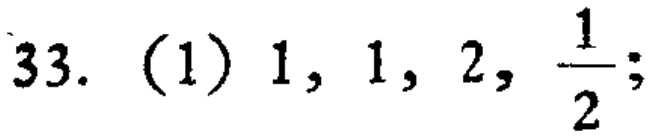
33. (1) \(1, 1, 2, \frac{1}{2};\)